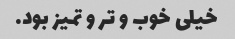
خیلی خوب و تر و تمیز بود.